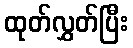
ထုတ်လွှတ်ပြီး